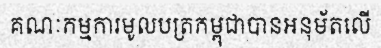
គណៈកម្មការមូលបត្រកម្ពុជាបានអនុម័តលើ